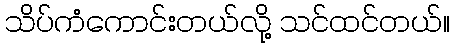
သိပ်ကံကောင်းတယ်လို့ သင်ထင်တယ်။